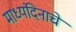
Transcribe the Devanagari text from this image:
माध्यंदिनाचे